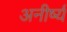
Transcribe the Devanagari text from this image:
अनीर्ष्य